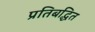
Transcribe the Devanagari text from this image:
प्रतिबद्धित